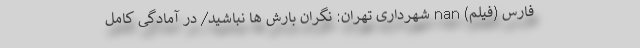
فارس (فیلم) nan شهرداری تهران: نگران بارش ها نباشید/ در آمادگی کامل